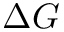
\Delta G